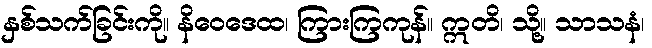
နှစ်သက်ခြင်းကို။ နိဝေဒေထ၊ ကြားကြကုန်။ ဣတိ၊ သို့။ သာသနံ၊